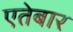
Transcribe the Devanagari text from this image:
एतेबार